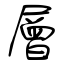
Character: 層